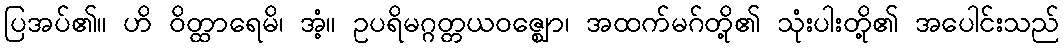
ပြအပ်၏။ ဟိ ဝိတ္ထာရေမိ၊ အံ့။ ဥပရိမဂ္ဂတ္တယဝဇ္ဈော၊ အထက်မဂ်တို့၏ သုံးပါးတို့၏ အပေါင်းသည်